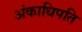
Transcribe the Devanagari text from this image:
अंकाधिपति